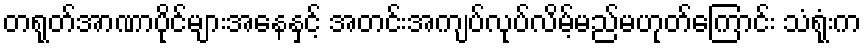
တရုတ်အာဏာပိုင်များအနေနှင့် အတင်းအကျပ်လုပ်လိမ့်မည်မဟုတ်ကြောင်း သံရုံးက